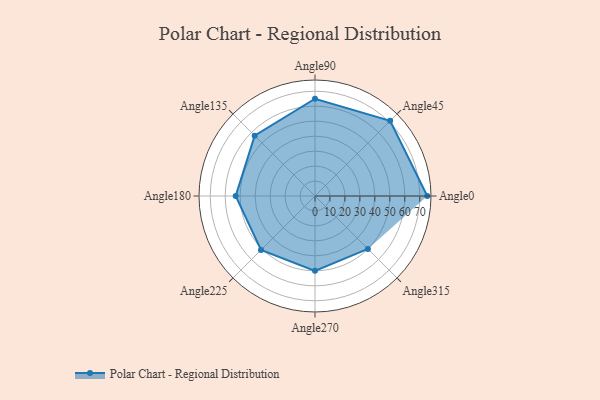
{"axis": {"x": "Angle", "y": "Radius"}, "legend": [""], "data": [{"x": "Angle0", "y": 75.0, "type": ""}, {"x": "Angle45", "y": 71.0, "type": ""}, {"x": "Angle90", "y": 65.0, "type": ""}, {"x": "Angle135", "y": 57.0, "type": ""}, {"x": "Angle180", "y": 53.0, "type": ""}, {"x": "Angle225", "y": 51.0, "type": ""}, {"x": "Angle270", "y": 50, "type": ""}, {"x": "Angle315", "y": 50, "type": ""}]}